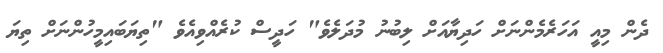
ދެން މިއީ އަހަރެމެންނަށް ހަދިޔާއަށް ލިބުނު މުދަލެވެ" ހަދީސް ކުރެއްވިއެވެ "ތިޔަބައިމީހުންނަށް ތިޔަ